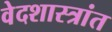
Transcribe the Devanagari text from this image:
वेदशास्त्रांत